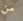
من